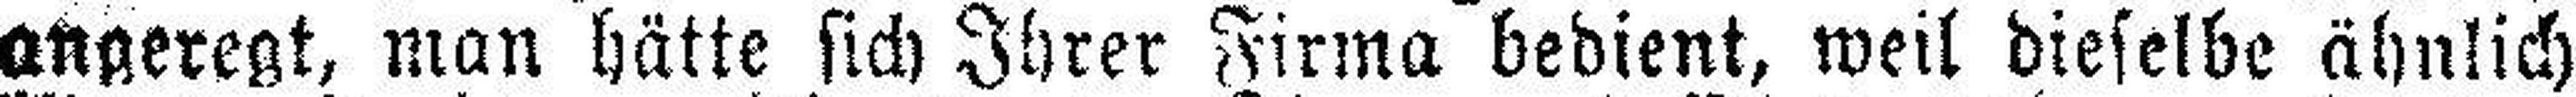
angeregt, man hätte sich Ihrer Firma bedient, weil dieselbe ähnlich